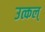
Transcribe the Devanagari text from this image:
उत्कल्